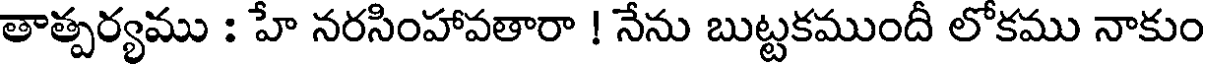
తాత్పర్యము : హే నరసింహావతారా ! నేను బుట్టకముందీ లోకము నాకుం